画像に写った文字を読んでください
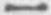
「一」と書いてあります